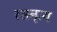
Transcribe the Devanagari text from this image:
रसनृत्य